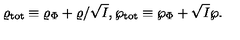
\varrho _ { \mathrm { t o t } } \equiv \varrho _ { \Phi } + \varrho / \sqrt { I } , \wp _ { \mathrm { t o t } } \equiv \wp _ { \Phi } + \sqrt { I } \wp .